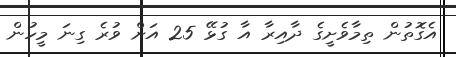
އެގޮތުން ތިމާވެށީގެ ދާއިރާ އާ ގުޅޭ 25 އަށް ވުރެ ގިނަ މީހުން